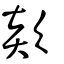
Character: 欻